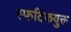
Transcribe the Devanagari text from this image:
स्फटिकयुक्त